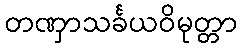
တဏှာသင်္ခယဝိမုတ္တာ